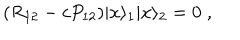
( R _ { 1 2 } - c P _ { 1 2 } ) | x \rangle _ { 1 } | x \rangle _ { 2 } = 0 \; ,